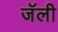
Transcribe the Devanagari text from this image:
जॅली